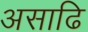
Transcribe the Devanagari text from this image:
असाढि